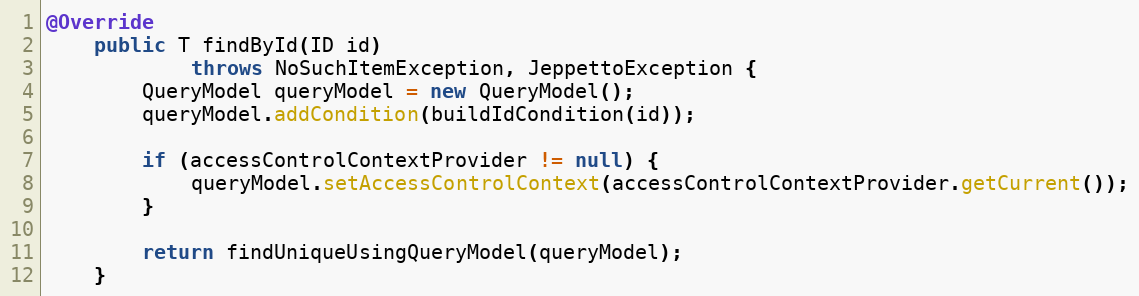
Language: Java
@Override
    public T findById(ID id)
            throws NoSuchItemException, JeppettoException {
        QueryModel queryModel = new QueryModel();
        queryModel.addCondition(buildIdCondition(id));

        if (accessControlContextProvider != null) {
            queryModel.setAccessControlContext(accessControlContextProvider.getCurrent());
        }

        return findUniqueUsingQueryModel(queryModel);
    }